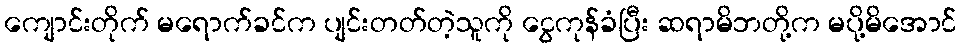
ကျောင်းတိုက် မရောက်ခင်က ပျင်းတတ်တဲ့သူကို ငွေကုန်ခံပြီး ဆရာမိဘတို့က မပို့မိအောင်